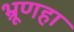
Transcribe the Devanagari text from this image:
भ्रूणहा